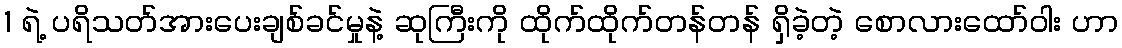
1 ရဲ့ ပရိသတ်အားပေးချစ်ခင်မှုနဲ့ ဆုကြီးကို ထိုက်ထိုက်တန်တန် ရှိခဲ့တဲ့ စောလားထော်ဝါး ဟာ